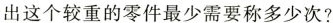
出这个较重的零件最少需要称多少次？